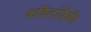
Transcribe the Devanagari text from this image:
कवितांपैकी